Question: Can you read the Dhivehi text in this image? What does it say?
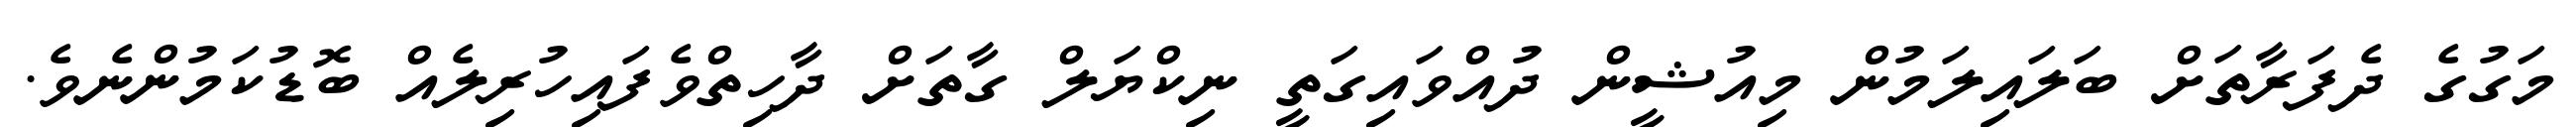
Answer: މަގުގެ ދެފަރާތަށް ބަލައިލަމުން މިއުޝީން ދުއްވައިގަތީ ނިކްޔަލް ގާތަށް ދާހިތްވެފައިހުރިލެއް ބޮޑުކަމުންނެވެ.